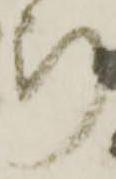
断